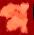
গ